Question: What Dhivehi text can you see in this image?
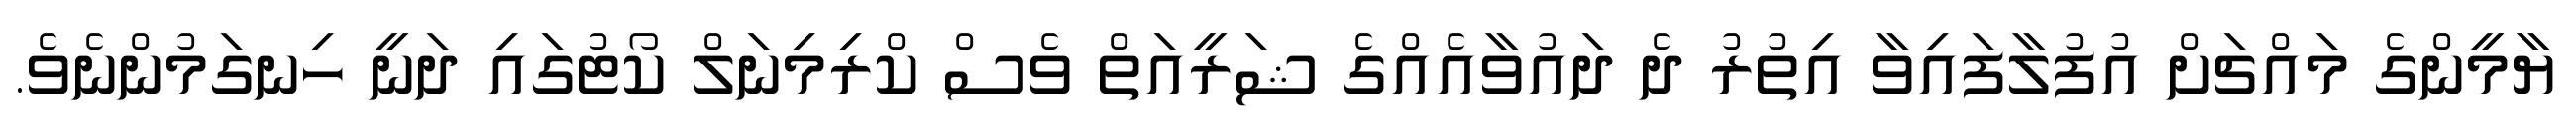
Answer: ޔާމީންގެ މައްޗަށް އުފުލާފައިވާ އިތުރު ދެ ދައުވާއެއްގެ ޝަރީއަތް ވެސް ކްރިމިނަލް ކޯޓުގައި ދަނީ ހިނގަމުންނެވެ.